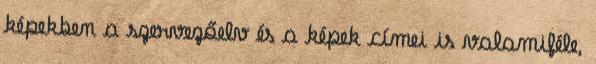
képekben a szervezőelv és a képek címei is valamiféle,